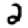
Digit: 2